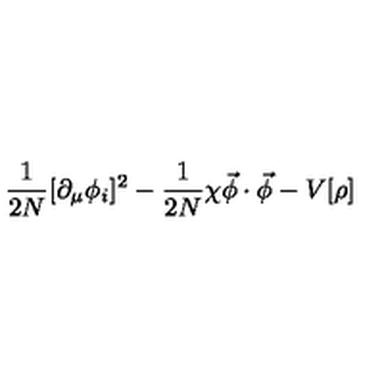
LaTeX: \frac { 1 } { 2 N } [ \partial _ { \mu } \phi _ { i } ] ^ { 2 } - \frac { 1 } { 2 N } \chi { \vec { \phi } \cdot \vec { \phi } } - V [ { \rho } ]